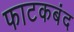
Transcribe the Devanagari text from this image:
फाटकबंद